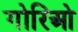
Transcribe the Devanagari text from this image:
गोरिओ